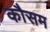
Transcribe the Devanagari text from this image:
कौसम